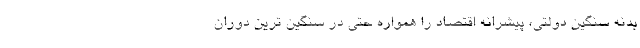
بدنه سنگین دولتی، پیشرانه اقتصاد را همواره حتی در سنگین ترین دوران